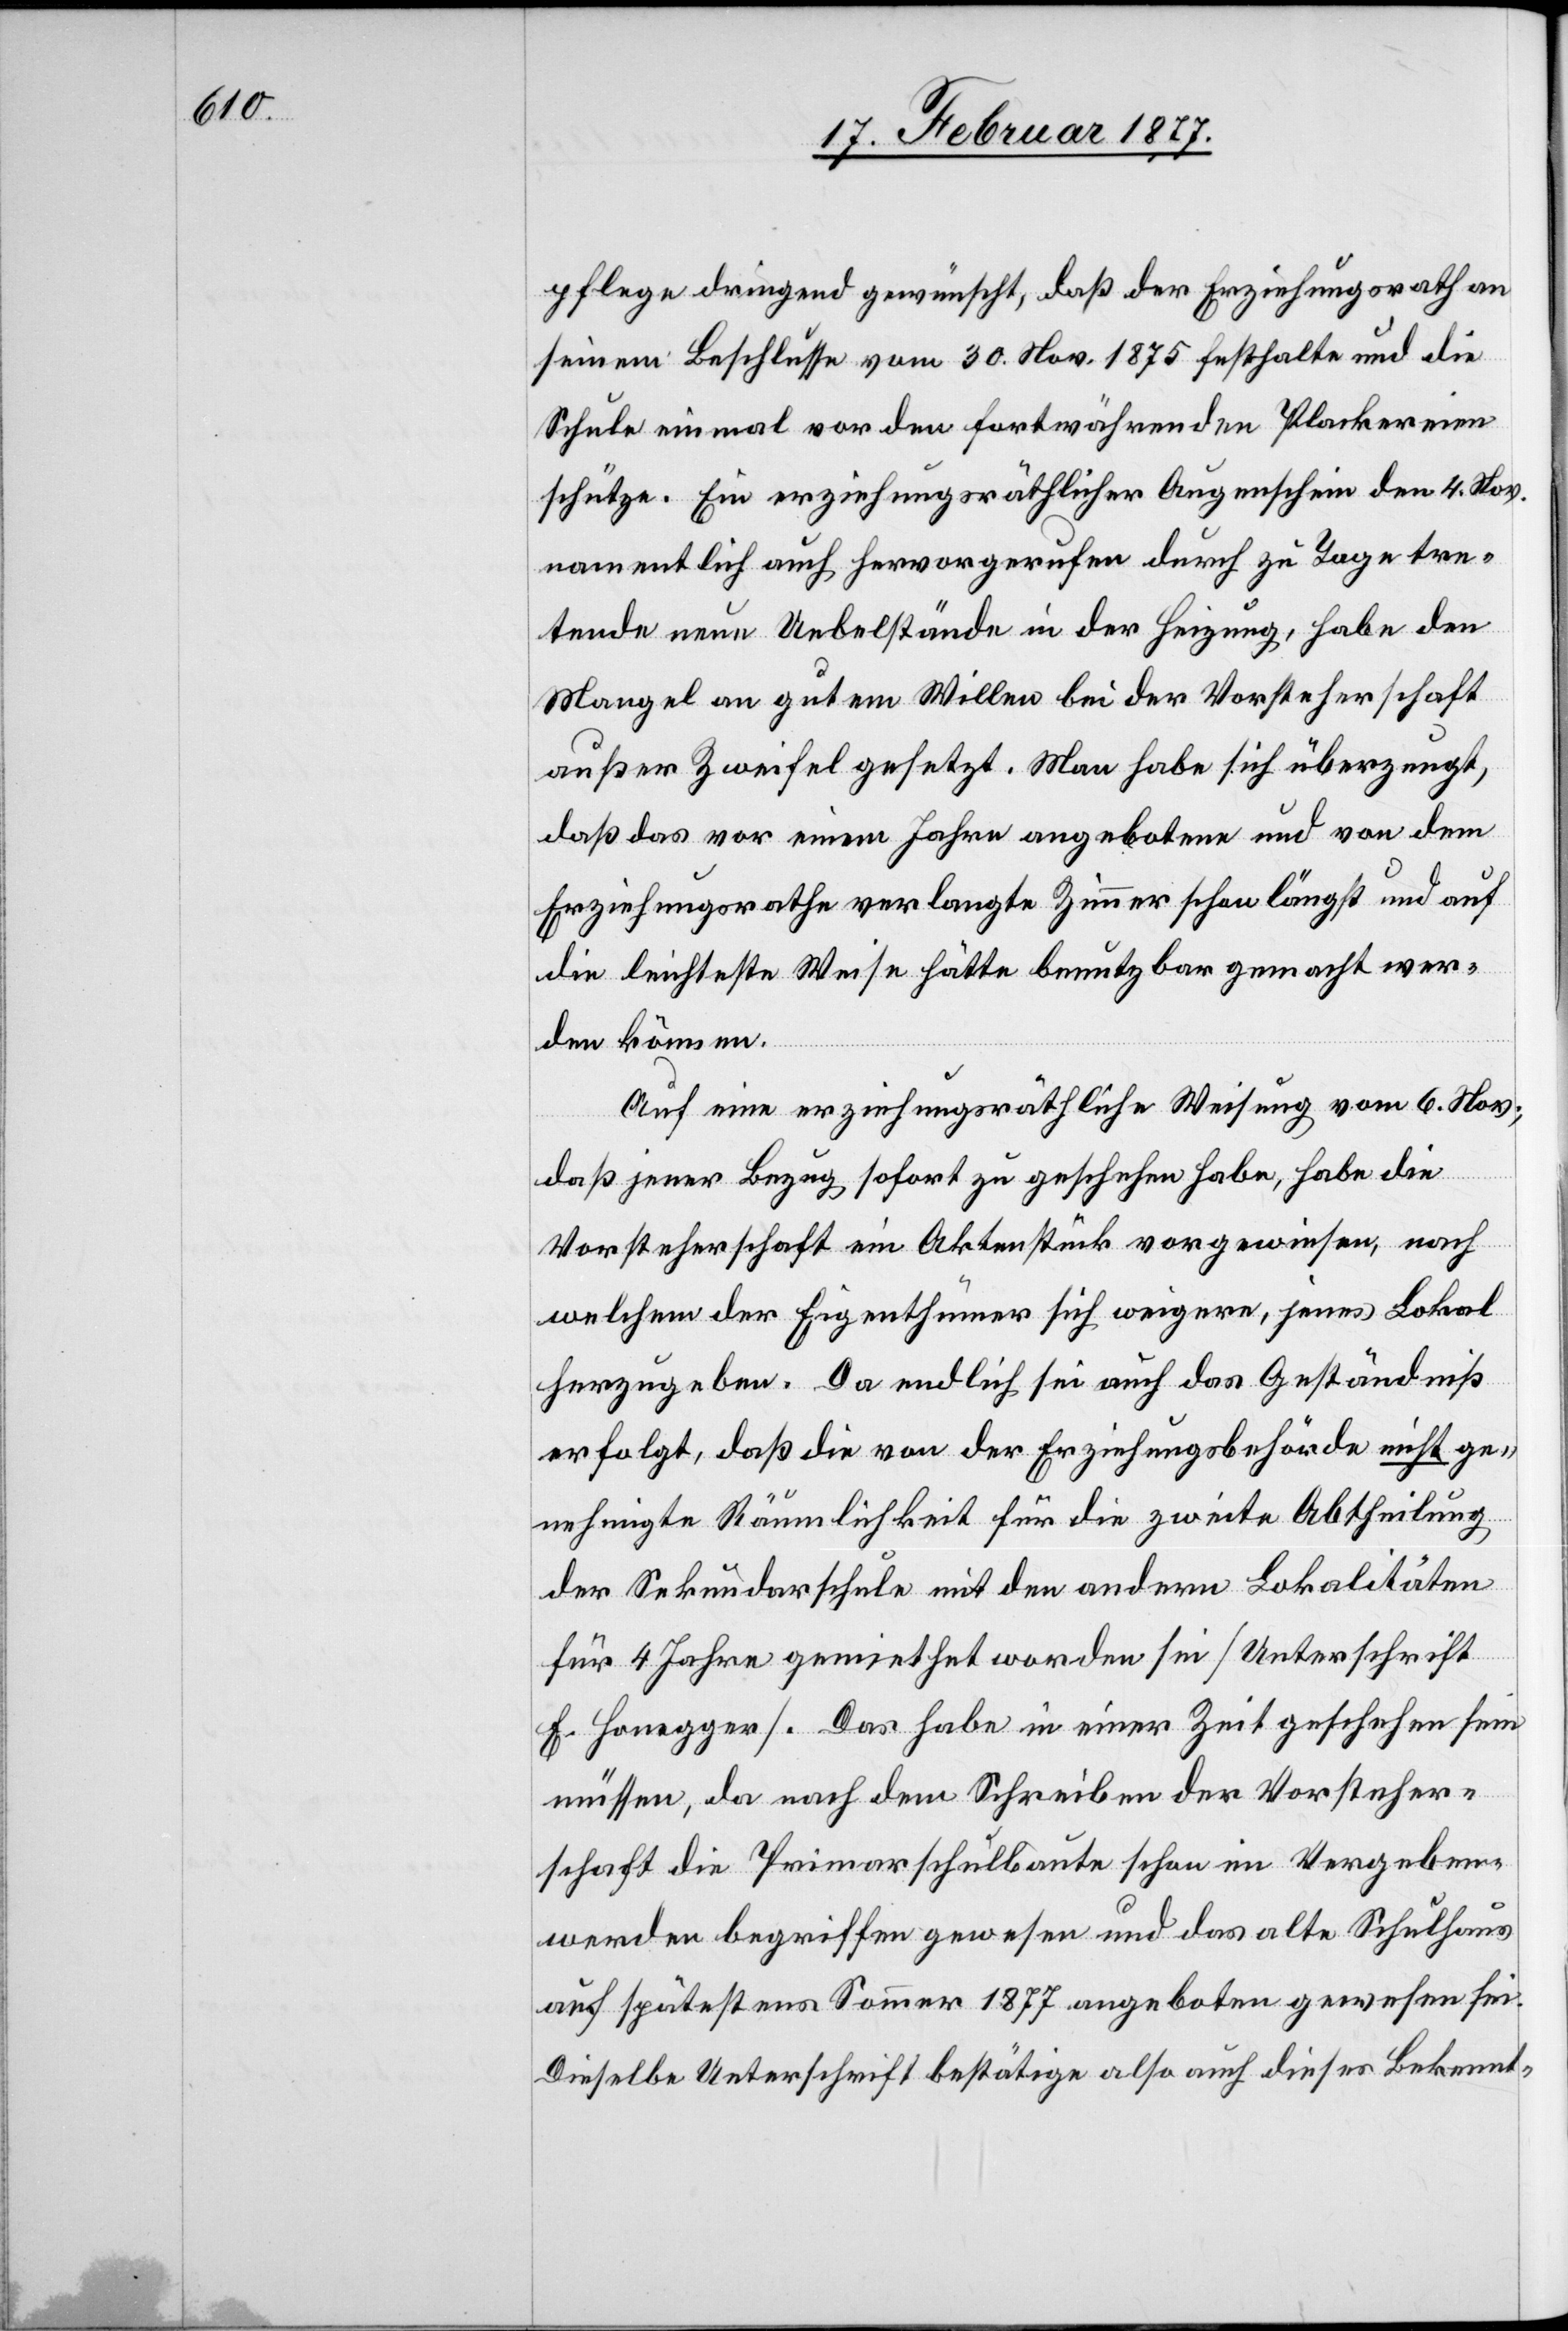
pflege dringend gewünscht, daß der Erziehungsrath an
seinem Beschlusse vom 30. Nov. 1875 festhalte und die
Schule einmal vor den fortwährenden Plackereien
schütze. Ein erziehungsräthlicher Augenschein den 4. Nov.,
namentlich auch hervorgerufen durch zu Tage tre¬
tende neue Uebelstände in der Heizung, habe den
Mangel an gutem Willen bei der Vorsteherschaft
außer Zweifel gesetzt. Man habe sich überzeugt,
daß das vor einem Jahre angebotene und von dem
Erziehungsrathe verlangte Zimmer schon längst und auf
die leichteste Weise hätte benutzbar gemacht wer¬
den können.
Auf eine erziehungsräthliche Weisung vom 6. Nov.,
daß jener Bezug sofort zu geschehen habe, habe die
Vorsteherschaft ein Aktenstück vorgewiesen, nach
welchem der Eigenthümer sich weigere, jenes Lokal
herzugeben. Da endlich sei auch das Geständniß
erfolgt, daß die von der Erziehungsbehörde nicht ge¬
nehmigte Räumlichkeit für die zweite Abtheilung
der Sekundarschule mit den andern Lokalitäten
für 4 Jahre gemiethet worden sei [Unterschrift
E. Honegger]. Das habe in einer Zeit geschehen sein
müssen, da nach dem Schreiben der Vorsteher¬
schaft die Primarschulbaute schon im Vergeben¬
werden begriffen gewesen und das alte Schulhaus
auf spätestens Sommer 1877 angeboten gewesen sei.
Dieselbe Unterschrift bestätige also auch dieses Bekennt-